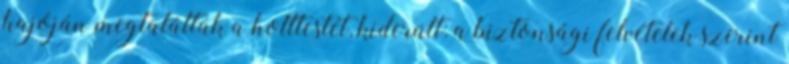
hajóján megtalálták a holttestét, kiderült: a biztonsági felvételek szerint